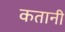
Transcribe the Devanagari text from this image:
कतानी